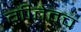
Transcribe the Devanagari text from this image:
गीतेतच